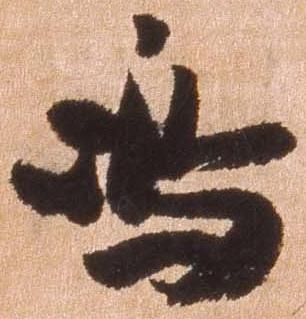
島